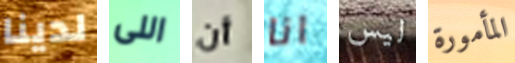
لدينا اللى أن انا ليس المأمورة